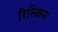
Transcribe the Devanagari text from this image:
रिस्किन